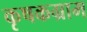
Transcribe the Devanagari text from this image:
कृषकग्राम